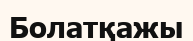
Болатқажы